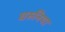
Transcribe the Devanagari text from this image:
घरुनिया